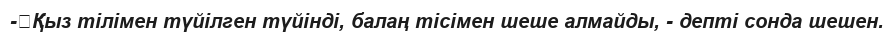
-	Қыз тілімен түйілген түйінді, балаң тісімен шеше алмайды, - депті сонда шешен.